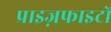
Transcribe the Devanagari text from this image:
प्राइज़फाइटों